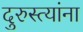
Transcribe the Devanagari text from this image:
दुरुस्त्यांना